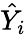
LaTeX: {\hat{Y}}_{i}